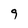
Character: 9